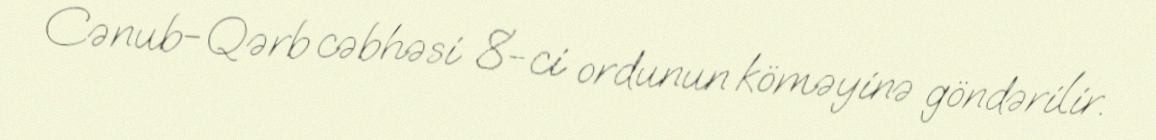
Cənub-Qərb cəbhəsi 8-ci ordunun köməyinə göndərilir.